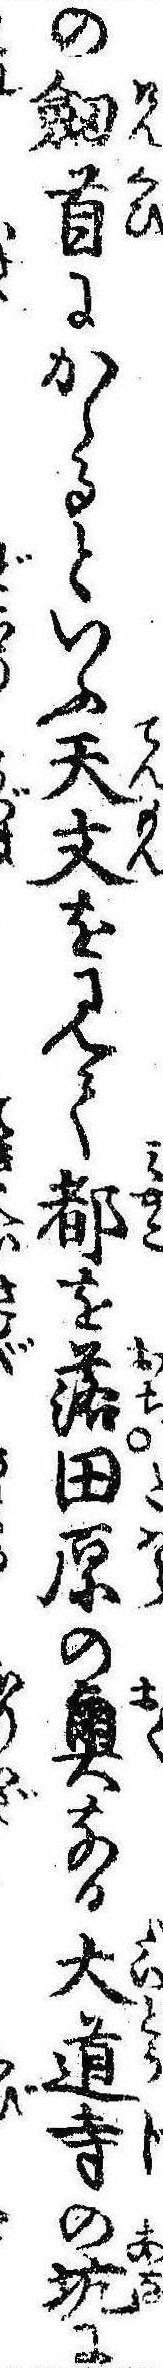
の剣首にかゝるといふ天文を見て都を落田原の奥なる大道寺の坑に